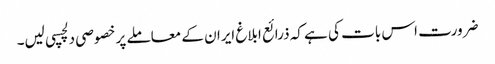
ضرورت اس بات کی ہے کہ ذرائع ابلاغ ایران کے معاملے پر خصوصی دلچسپی لیں۔